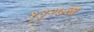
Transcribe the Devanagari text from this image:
१३२७ला